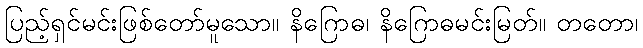
ပြည့်ရှင်မင်းဖြစ်တော်မူသော။ နိဂြောဓ၊ နိဂြောဓမင်းမြတ်။ တတော၊